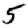
Digit: 5